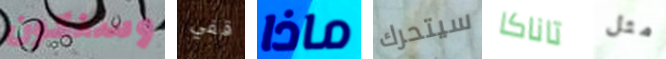
وسنكون قفي ماذا سيتحرك تاناكا مثل